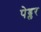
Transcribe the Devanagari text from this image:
पेड्लर